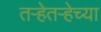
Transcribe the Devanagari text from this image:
तऱ्हेतऱ्हेच्या